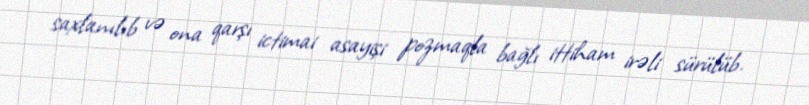
saxlanılıb və ona qarşı ictimai asayişi pozmaqla bağlı ittiham irəli sürülüb.